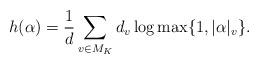
LaTeX: \begin{align*}h(\alpha)=\frac{1}{d}\sum_{v\in{M_K}}d_v\log\max\{1,\vert\alpha\vert_v\}.\end{align*}